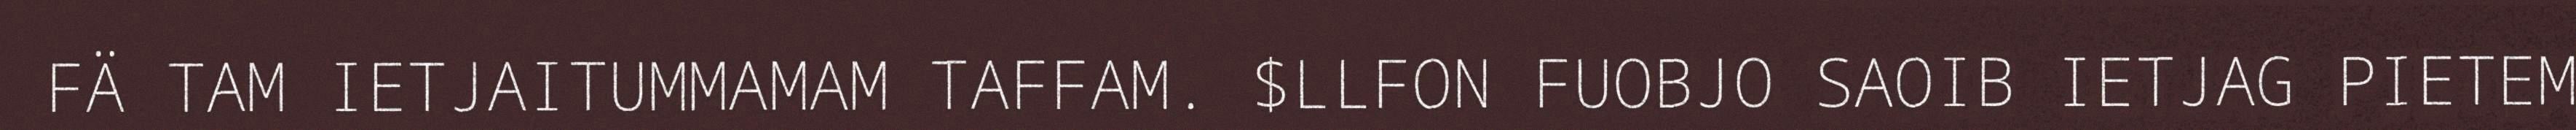
FÄ TAM IETJAITUMMAMAM TAFFAM. $LLFON FUOBJO SAOIB IETJAG PIETEM